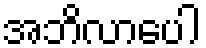
အဘိလာပေါ